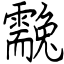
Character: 䨲